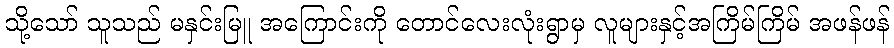
သို့သော် သူသည် မနှင်းမြူ အကြောင်းကို တောင်လေးလုံးရွာမှ လူများနှင့်အကြိမ်ကြိမ် အဖန်ဖန်